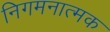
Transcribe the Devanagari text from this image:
निगमनात्‍मक